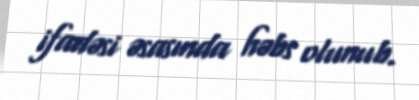
ifadəsi əsasında həbs olunub.